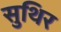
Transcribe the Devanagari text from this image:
सुथिर